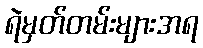
ရဲမှတ်တမ်းများအရ